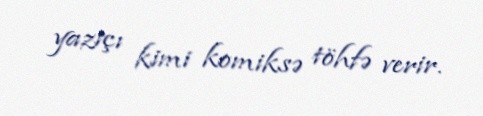
yazıçı kimi komiksə töhfə verir.